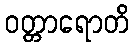
ဝတ္တာရောတိ